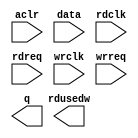
// megafunction wizard: %FIFO%VBB%
// GENERATION: STANDARD
// VERSION: WM1.0
// MODULE: dcfifo_mixed_widths 

// ============================================================
// Megafunction Name(s):
// 			dcfifo_mixed_widths
//
// Simulation Library Files(s):
// 			altera_mf
// ============================================================
// ************************************************************
// THIS IS A WIZARD-GENERATED FILE. DO NOT EDIT THIS FILE!
//
// 9.0 Build 132 02/25/2009 SJ Full Version
// ************************************************************

//Copyright (C) 1991-2009 Altera Corporation
//Your use of Altera Corporation's design tools, logic functions 
//and other software and tools, and its AMPP partner logic 
//functions, and any output files from any of the foregoing 
//(including device programming or simulation files), and any 
//associated documentation or information are expressly subject 
//to the terms and conditions of the Altera Program License 
//Subscription Agreement, Altera MegaCore Function License 
//Agreement, or other applicable license agreement, including, 
//without limitation, that your use is for the sole purpose of 
//programming logic devices manufactured by Altera and sold by 
//Altera or its authorized distributors.  Please refer to the 
//applicable agreement for further details.

module FIFO_CMD_IN (
	aclr,
	data,
	rdclk,
	rdreq,
	wrclk,
	wrreq,
	q,
	rdusedw);

	input	  aclr;
	input	[31:0]  data;
	input	  rdclk;
	input	  rdreq;
	input	  wrclk;
	input	  wrreq;
	output	[15:0]  q;
	output	[10:0]  rdusedw;
`ifndef ALTERA_RESERVED_QIS
// synopsys translate_off
`endif
	tri0	  aclr;
`ifndef ALTERA_RESERVED_QIS
// synopsys translate_on
`endif

endmodule

// ============================================================
// CNX file retrieval info
// ============================================================
// Retrieval info: PRIVATE: AlmostEmpty NUMERIC "0"
// Retrieval info: PRIVATE: AlmostEmptyThr NUMERIC "-1"
// Retrieval info: PRIVATE: AlmostFull NUMERIC "0"
// Retrieval info: PRIVATE: AlmostFullThr NUMERIC "-1"
// Retrieval info: PRIVATE: CLOCKS_ARE_SYNCHRONIZED NUMERIC "0"
// Retrieval info: PRIVATE: Clock NUMERIC "4"
// Retrieval info: PRIVATE: Depth NUMERIC "512"
// Retrieval info: PRIVATE: Empty NUMERIC "1"
// Retrieval info: PRIVATE: Full NUMERIC "1"
// Retrieval info: PRIVATE: INTENDED_DEVICE_FAMILY STRING "Stratix II"
// Retrieval info: PRIVATE: LE_BasedFIFO NUMERIC "0"
// Retrieval info: PRIVATE: LegacyRREQ NUMERIC "0"
// Retrieval info: PRIVATE: MAX_DEPTH_BY_9 NUMERIC "0"
// Retrieval info: PRIVATE: OVERFLOW_CHECKING NUMERIC "0"
// Retrieval info: PRIVATE: Optimize NUMERIC "0"
// Retrieval info: PRIVATE: RAM_BLOCK_TYPE NUMERIC "2"
// Retrieval info: PRIVATE: SYNTH_WRAPPER_GEN_POSTFIX STRING "0"
// Retrieval info: PRIVATE: UNDERFLOW_CHECKING NUMERIC "0"
// Retrieval info: PRIVATE: UsedW NUMERIC "1"
// Retrieval info: PRIVATE: Width NUMERIC "32"
// Retrieval info: PRIVATE: dc_aclr NUMERIC "1"
// Retrieval info: PRIVATE: diff_widths NUMERIC "1"
// Retrieval info: PRIVATE: msb_usedw NUMERIC "1"
// Retrieval info: PRIVATE: output_width NUMERIC "16"
// Retrieval info: PRIVATE: rsEmpty NUMERIC "0"
// Retrieval info: PRIVATE: rsFull NUMERIC "0"
// Retrieval info: PRIVATE: rsUsedW NUMERIC "1"
// Retrieval info: PRIVATE: sc_aclr NUMERIC "0"
// Retrieval info: PRIVATE: sc_sclr NUMERIC "0"
// Retrieval info: PRIVATE: wsEmpty NUMERIC "0"
// Retrieval info: PRIVATE: wsFull NUMERIC "0"
// Retrieval info: PRIVATE: wsUsedW NUMERIC "0"
// Retrieval info: CONSTANT: ADD_USEDW_MSB_BIT STRING "ON"
// Retrieval info: CONSTANT: INTENDED_DEVICE_FAMILY STRING "Stratix II"
// Retrieval info: CONSTANT: LPM_HINT STRING "RAM_BLOCK_TYPE=M4K"
// Retrieval info: CONSTANT: LPM_NUMWORDS NUMERIC "512"
// Retrieval info: CONSTANT: LPM_SHOWAHEAD STRING "ON"
// Retrieval info: CONSTANT: LPM_TYPE STRING "dcfifo"
// Retrieval info: CONSTANT: LPM_WIDTH NUMERIC "32"
// Retrieval info: CONSTANT: LPM_WIDTHU NUMERIC "10"
// Retrieval info: CONSTANT: LPM_WIDTHU_R NUMERIC "11"
// Retrieval info: CONSTANT: LPM_WIDTH_R NUMERIC "16"
// Retrieval info: CONSTANT: OVERFLOW_CHECKING STRING "ON"
// Retrieval info: CONSTANT: RDSYNC_DELAYPIPE NUMERIC "4"
// Retrieval info: CONSTANT: UNDERFLOW_CHECKING STRING "ON"
// Retrieval info: CONSTANT: USE_EAB STRING "ON"
// Retrieval info: CONSTANT: WRITE_ACLR_SYNCH STRING "OFF"
// Retrieval info: CONSTANT: WRSYNC_DELAYPIPE NUMERIC "4"
// Retrieval info: USED_PORT: aclr 0 0 0 0 INPUT GND aclr
// Retrieval info: USED_PORT: data 0 0 32 0 INPUT NODEFVAL data[31..0]
// Retrieval info: USED_PORT: q 0 0 16 0 OUTPUT NODEFVAL q[15..0]
// Retrieval info: USED_PORT: rdclk 0 0 0 0 INPUT NODEFVAL rdclk
// Retrieval info: USED_PORT: rdreq 0 0 0 0 INPUT NODEFVAL rdreq
// Retrieval info: USED_PORT: rdusedw 0 0 11 0 OUTPUT NODEFVAL rdusedw[10..0]
// Retrieval info: USED_PORT: wrclk 0 0 0 0 INPUT NODEFVAL wrclk
// Retrieval info: USED_PORT: wrreq 0 0 0 0 INPUT NODEFVAL wrreq
// Retrieval info: CONNECT: @data 0 0 32 0 data 0 0 32 0
// Retrieval info: CONNECT: q 0 0 16 0 @q 0 0 16 0
// Retrieval info: CONNECT: @wrreq 0 0 0 0 wrreq 0 0 0 0
// Retrieval info: CONNECT: @rdreq 0 0 0 0 rdreq 0 0 0 0
// Retrieval info: CONNECT: @rdclk 0 0 0 0 rdclk 0 0 0 0
// Retrieval info: CONNECT: @wrclk 0 0 0 0 wrclk 0 0 0 0
// Retrieval info: CONNECT: rdusedw 0 0 11 0 @rdusedw 0 0 11 0
// Retrieval info: CONNECT: @aclr 0 0 0 0 aclr 0 0 0 0
// Retrieval info: LIBRARY: altera_mf altera_mf.altera_mf_components.all
// Retrieval info: GEN_FILE: TYPE_NORMAL FIFO_CMD_IN.v TRUE
// Retrieval info: GEN_FILE: TYPE_NORMAL FIFO_CMD_IN.inc FALSE
// Retrieval info: GEN_FILE: TYPE_NORMAL FIFO_CMD_IN.cmp FALSE
// Retrieval info: GEN_FILE: TYPE_NORMAL FIFO_CMD_IN.bsf TRUE FALSE
// Retrieval info: GEN_FILE: TYPE_NORMAL FIFO_CMD_IN_inst.v TRUE
// Retrieval info: GEN_FILE: TYPE_NORMAL FIFO_CMD_IN_bb.v TRUE
// Retrieval info: GEN_FILE: TYPE_NORMAL FIFO_CMD_IN_waveforms.html TRUE
// Retrieval info: GEN_FILE: TYPE_NORMAL FIFO_CMD_IN_wave*.jpg FALSE
// Retrieval info: LIB_FILE: altera_mf